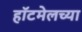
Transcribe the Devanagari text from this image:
हॉटमेलच्या